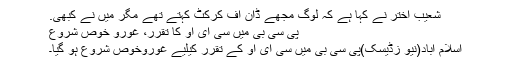
شعیب اختر نے کہا ہے کہ لوگ مجھے ڈان آف کرکٹ کہتے تھے مگر میں نے کبھی.
پی سی بی میں سی ای او کا تقرر، غورو خوص شروع
اسلام آباد(نیو زڈیسک)پی سی بی میں سی ای او کے تقرر کیلیے غوروخوص شروع ہو گیا۔